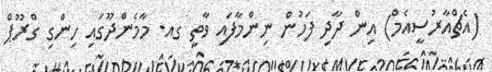
(އެޗްއާރުސީއެމް) އިން ދާދި ފަހުން ނިންމާފައި ވާތީ ގއ. މާމެންދޫގައި ހިންގި ގްރޫޕް